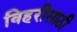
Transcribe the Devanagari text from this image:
विहरीसाठी